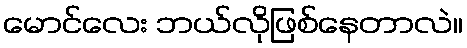
မောင်လေး ဘယ်လိုဖြစ်နေတာလဲ။